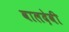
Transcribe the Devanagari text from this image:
वालदेवी